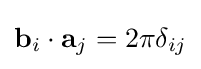
\mathbf {b} _{i}\cdot \mathbf {a} _{j}=2\pi \delta _{ij}